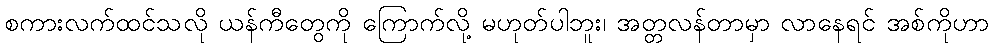
စကားလက်ထင်သလို ယန်ကီတွေကို ကြောက်လို့ မဟုတ်ပါဘူး၊ အတ္တလန်တာမှာ လာနေရင် အစ်ကိုဟာ